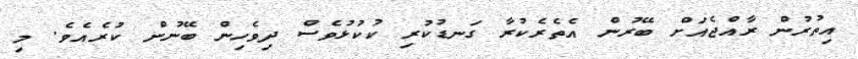
އިތުރުން ރާއްޖެއަށް ބޭރުން އެތެރެކުރާ ގަނޑުކުރި ކުކުޅުވެސް ދިވެހިން ބޭނުން ކުރެއެވެ. މި